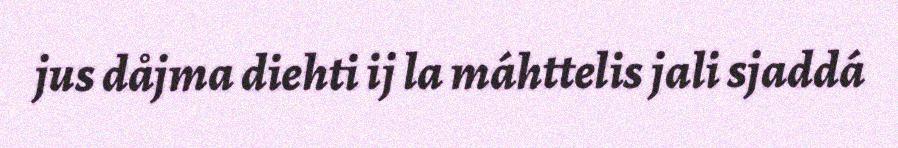
jus dåjma diehti ij la máhttelis jali sjaddá